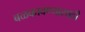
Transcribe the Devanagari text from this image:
बळकावण्यासाठी